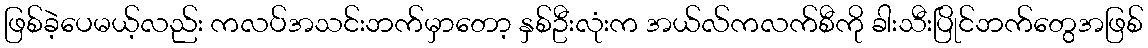
ဖြစ်ခဲ့ပေမယ့်လည်း ကလပ်အသင်းဘက်မှာတော့ နှစ်ဦးလုံးက အယ်လ်ကလက်စီကို ခါးသီးပြိုင်ဘက်တွေအဖြစ်